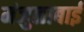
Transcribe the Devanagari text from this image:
मंजुळाबाई